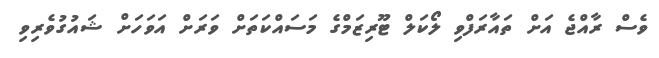
ވެސް ރާއްޖެ އަށް ތައާރަފްވި ލޯކަލް ޓޫރިޒަމްގެ މަސައްކަތަށް ވަރަށް އަވަހަށް ޝައުގުވެރިވި